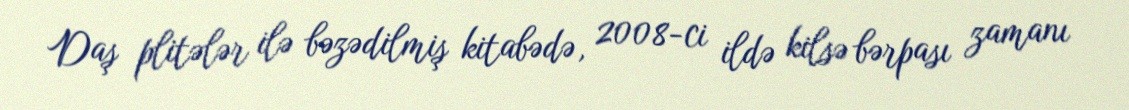
Daş plitələr ilə bəzədilmiş kitabədə, 2008-ci ildə kilsə bərpası zamanı